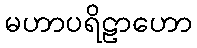
မဟာပရိဠာဟော